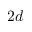
2 d